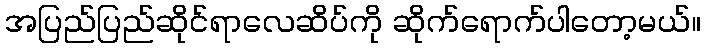
အပြည်ပြည်ဆိုင်ရာလေဆိပ်ကို ဆိုက်ရောက်ပါတော့မယ်။